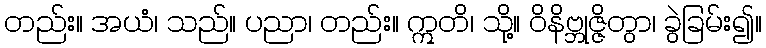
တည်း။ အယံ၊ သည်။ ပညာ၊ တည်း။ ဣတိ၊ သို့။ ဝိနိဗ္ဘုဇ္ဇိတွာ၊ ခွဲခြမ်း၍။